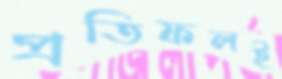
প্রতিফলই